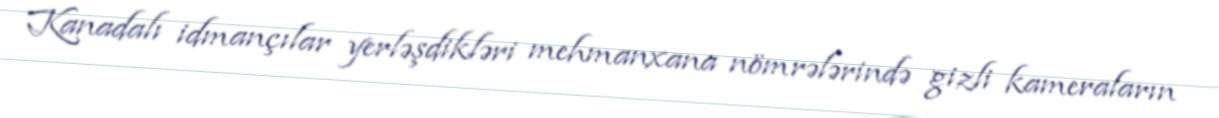
Kanadalı idmançılar yerləşdikləri mehmanxana nömrələrində gizli kameraların